65_HS1-834228961_62-HQ-83894_Section_3
Agency: FBI
Page 141
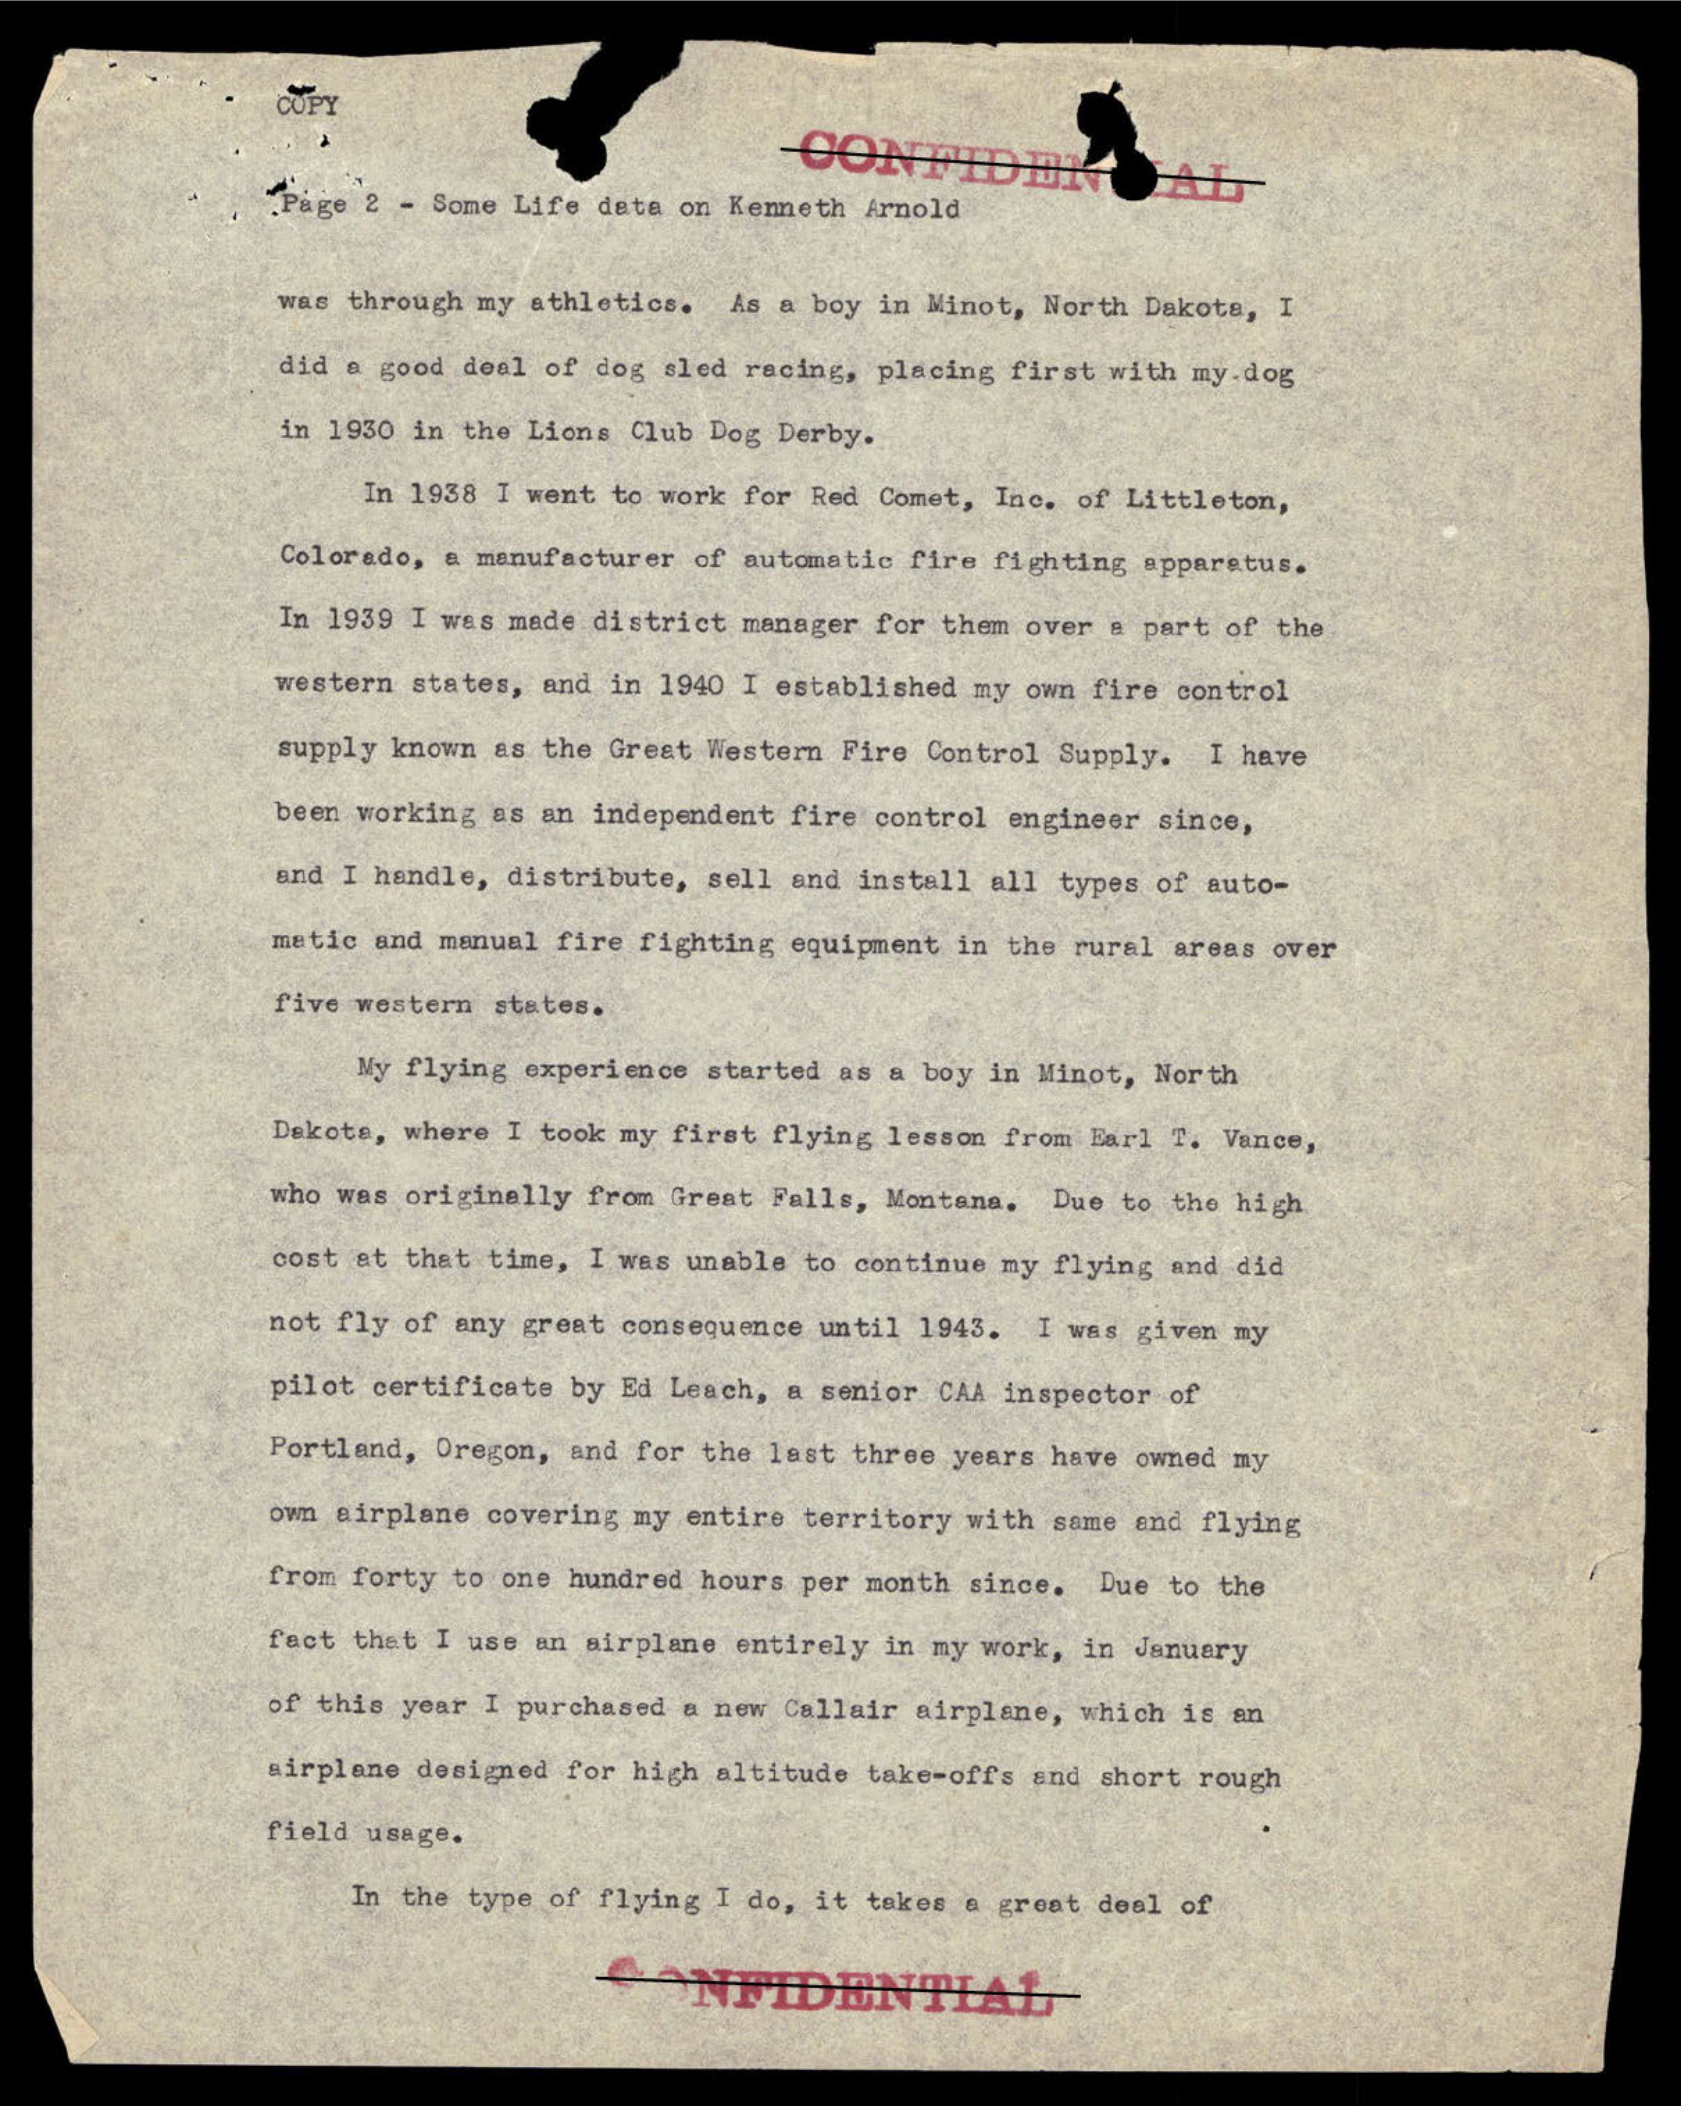